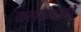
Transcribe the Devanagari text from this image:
कलेसारखे